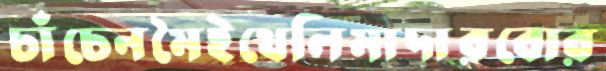
চাঁচেনমৈইথেলিমাদারবোর